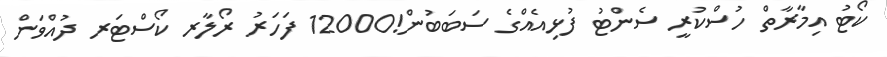
ކޯޓު އިމާރާތް ހުސްކުރީ ސެންޓު ފުޅިއެއްގެ ސަބަބުން!12000 ފަހަރު ރޯލާރ ކޯސްޓަރ ދުއްވަން